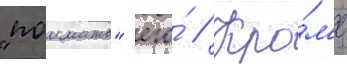
"поимать" его́ // Кро́м'е